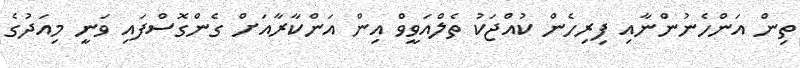
ތިން އަންހެނުންނާއި ފިރިހެން ކުއްޖަކު ތެލްއަވީވް އިން އަންކާރާއަށް ގެންގޮސްފައި ވަނީ މިއަދުގެ